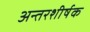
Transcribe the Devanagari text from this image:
अन्तरशीर्षक